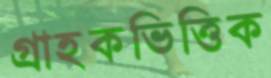
গ্রাহকভিত্তিক